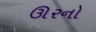
ઊરનો